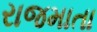
રાજમાતા